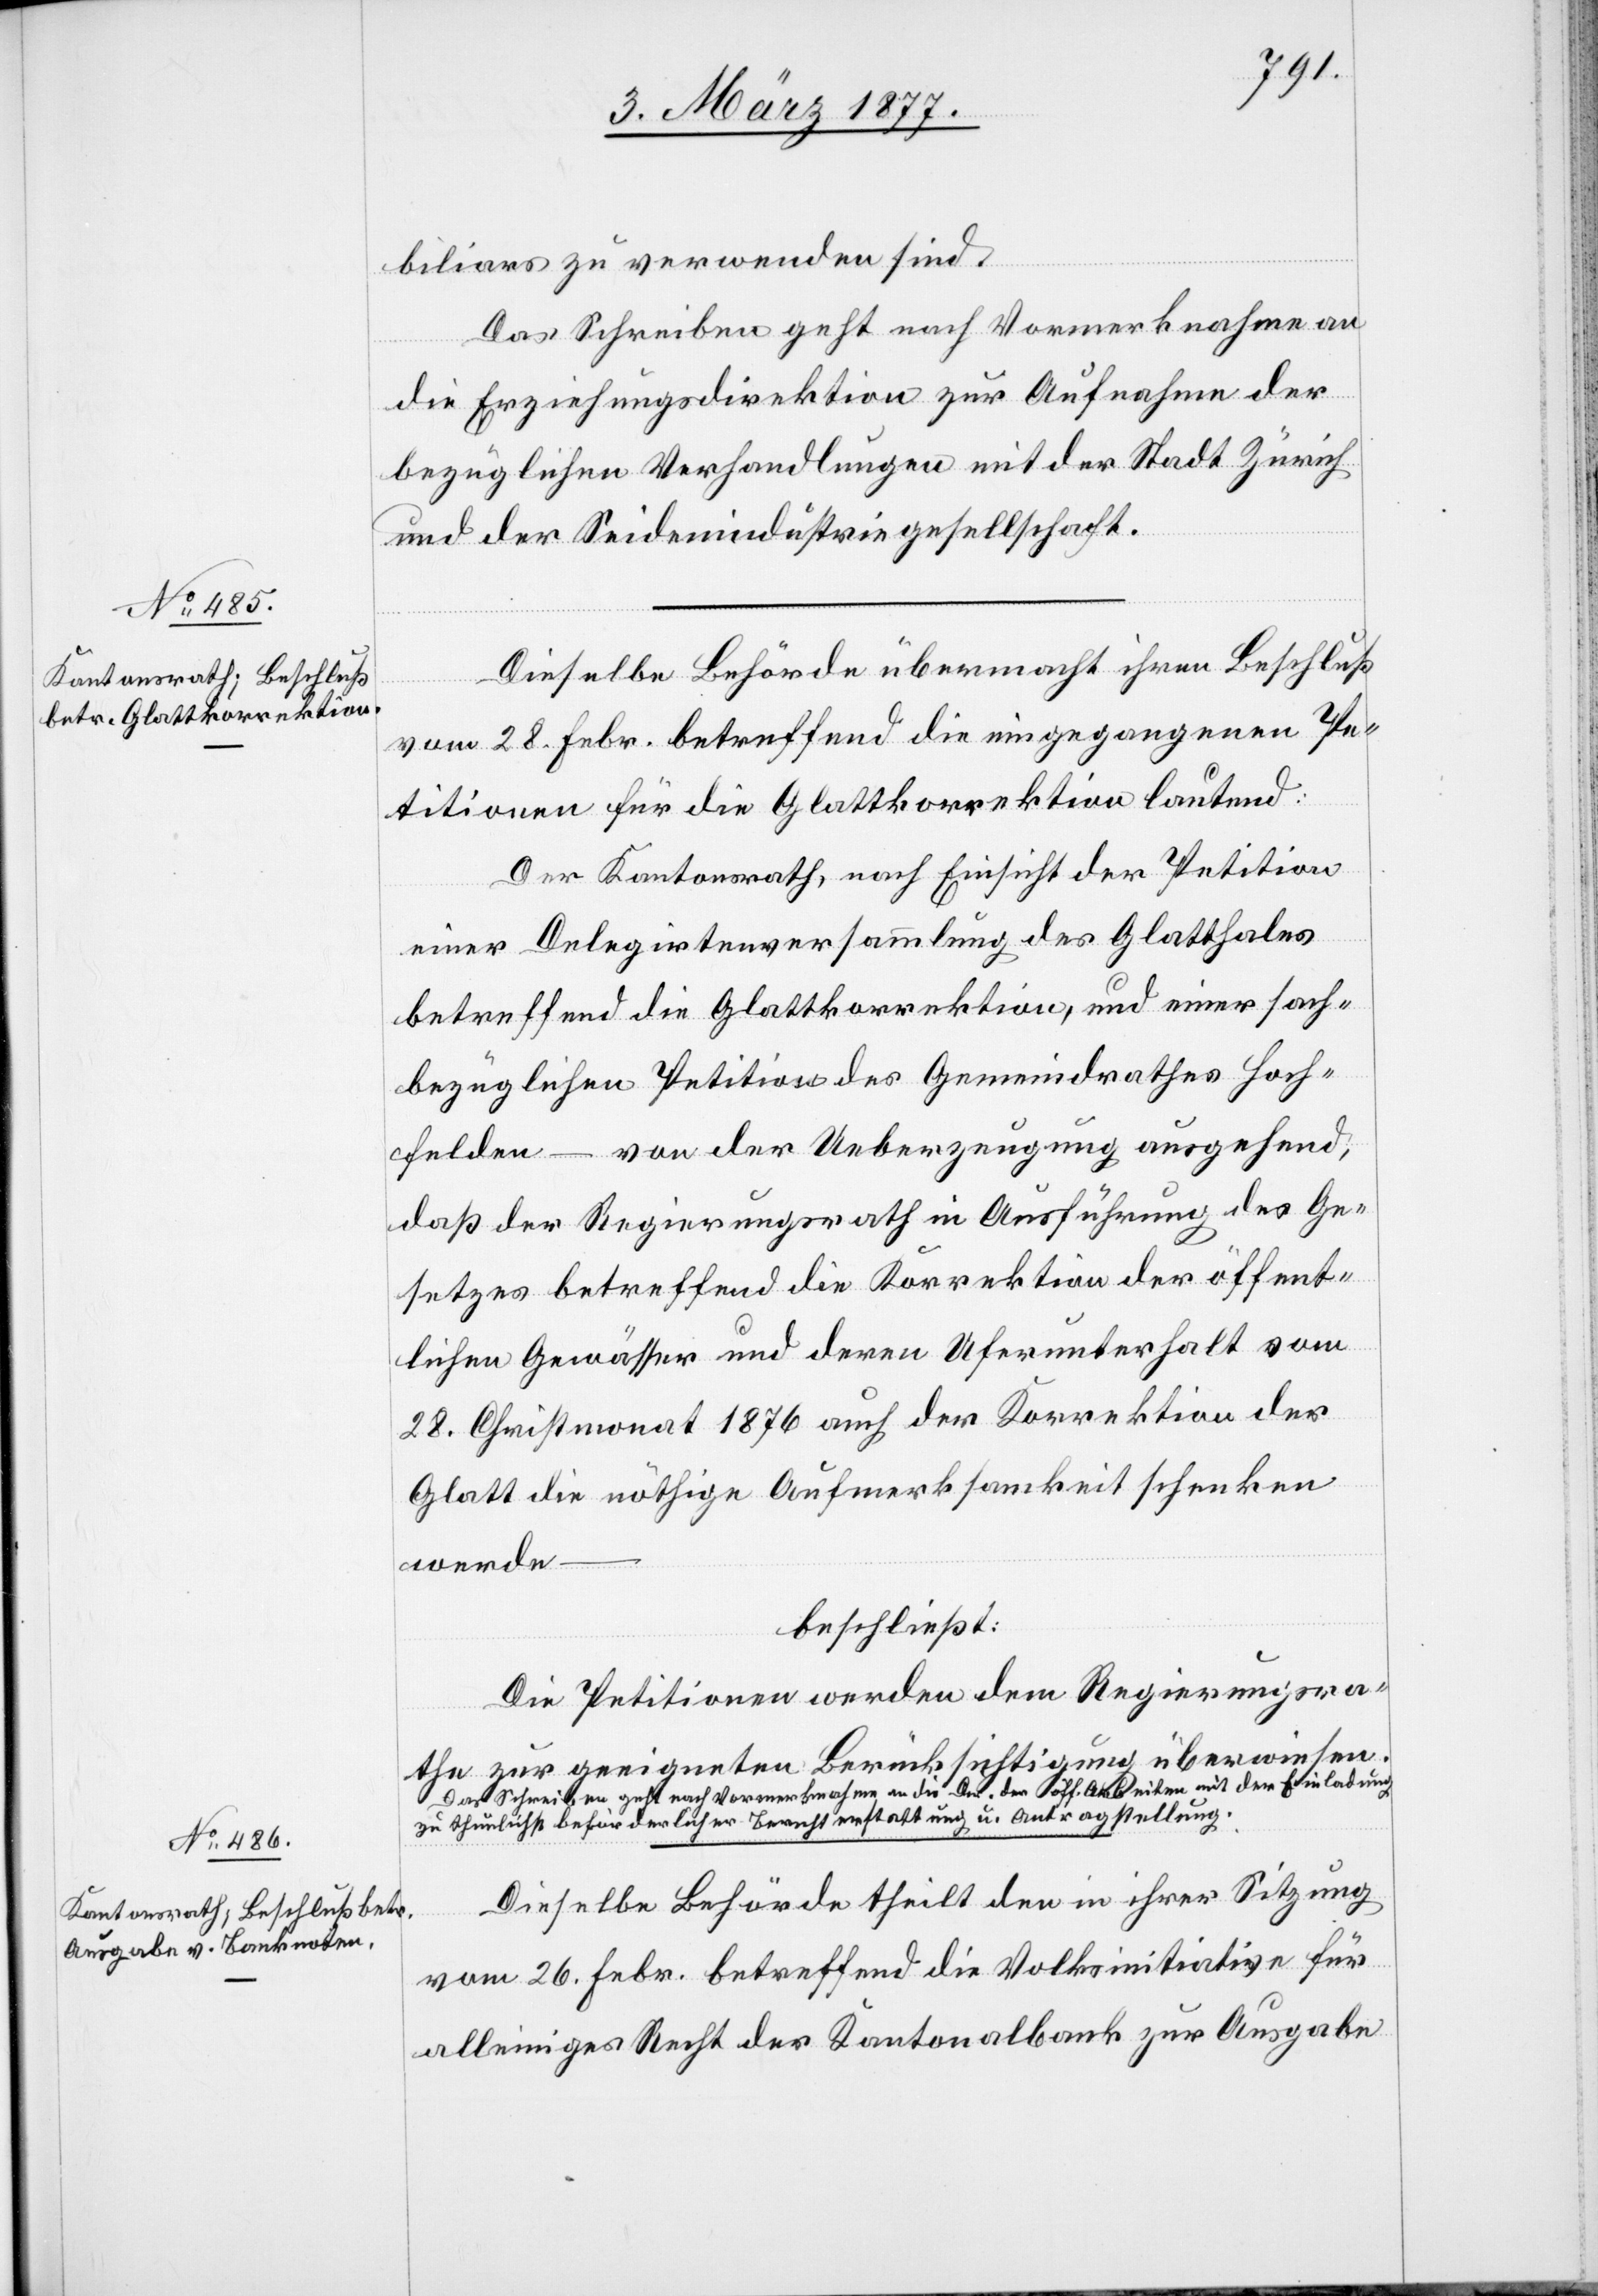
biliars zu verwenden sind.“
Das Schreiben geht nach Vormerknahme an
die Erziehungsdirektion zur Aufnahme der
bezüglichen Verhandlungen mit der Stadt Zürich
und der Seidenindustriegesellschaft.
Dieselbe Behörde übermacht ihren Beschluß
vom 28. Febr. betreffend die eingegangenen Pe¬
titionen für die Glattkorrektion lautend:
Der Kantonsrath, nach Einsicht der Petition
einer Delegirtenversammlung des Glatthales
betreffend die Glattkorrektion, und einer sach¬
bezüglichen Petition des Gemeindrathes Hoch¬
felden – von der Ueberzeugung ausgehend,
daß der Regierungsrath in Ausführung des Ge¬
setzes betreffend die Korrektion der öffent¬
lichen Gewässer und deren Unterhalt vom
28. Christmonat 1876 auch der Korrektion der
Glatt die nöthige Aufmerksamkeit schenken
werde –
beschließt:
Die Petitionen werden dem Regierungsra¬
the zur geeigneten Berücksichtigung überwiesen.
a-Das Schreiben geht nach Vormerknahme an die Dir. der öff. Arbeiten mit der Einladung
zu thunlichst beförderlicher Berichterstattung u. Antragstellung.-a
Dieselbe Behörde theilt den in ihrer Sitzung
vom 26. Febr. betreffend die Volksinitiative für
alleiniges Recht der Kantonalbank zur Ausgabe